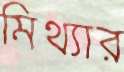
মিথ্যার